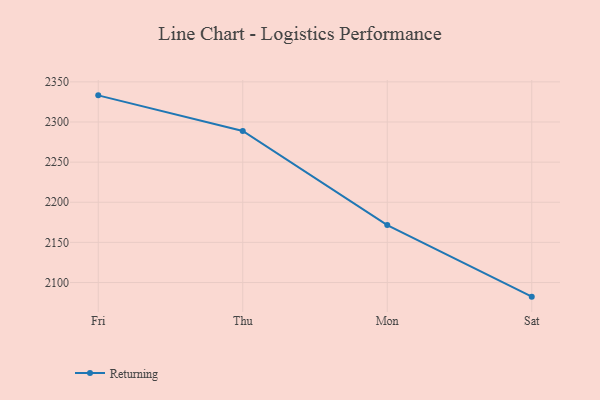
{"axis": {"x": "Day", "y": "Conversion Rate (%)"}, "legend": ["Returning"], "data": [{"x": "Fri", "y": 2333.2, "type": "Returning"}, {"x": "Thu", "y": 2288.9, "type": "Returning"}, {"x": "Mon", "y": 2171.6, "type": "Returning"}, {"x": "Sat", "y": 2082.4, "type": "Returning"}]}